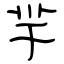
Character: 羋